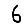
Digit: 6